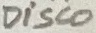
Text: Disco